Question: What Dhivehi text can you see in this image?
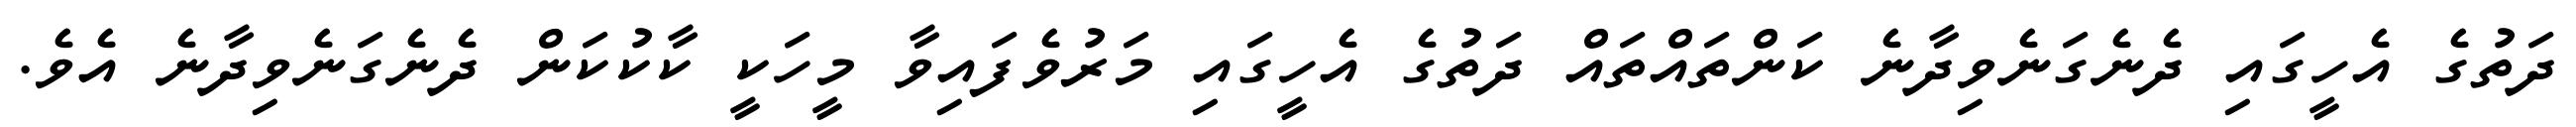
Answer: ދަތުގެ އެހީގައި ދެނެގަނެވިދާނެ ކަންތައްތައް ދަތުގެ އެހީގައި މަރުވެފައިވާ މީހަކީ ކާކުކަން ދެނެގަނެވިދާނެ އެވެ.